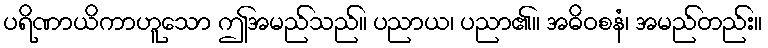
ပရိဏာယိကာဟူသော ဤအမည်သည်။ ပညာယ၊ ပညာ၏။ အဓိဝစနံ၊ အမည်တည်း။